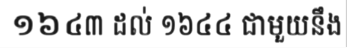
១៦៤៣ ដល់ ១៦៤៤ ជាមួយនឹង